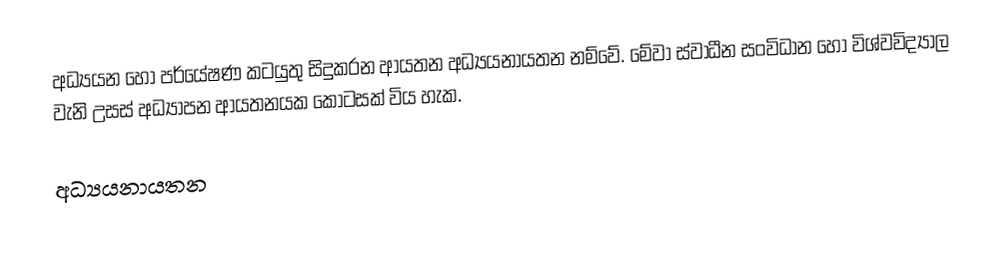
අධ්‍යයන හෝ පර්යේෂණ කටයුතු සිදුකරන ආයතන අධ්‍යයනායතන නම්වේ. මේවා ස්වාධීන සංවිධාන හෝ විශ්වවිද්‍යාල වැනි උසස් අධ්‍යාපන ආයතනයක කොටසක් විය හැක.

අධ්‍යයනායතන